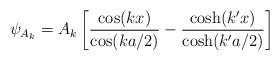
LaTeX: \begin{align*}\psi_{A_{k}} = A_{k}\left[\frac{\cos(kx)}{\cos(ka/2)}-\frac{\cosh(k'x)}{\cosh(k'a/2)}\right]\end{align*}